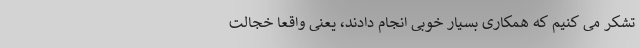
تشکر می کنیم که همکاری بسیار خوبی انجام دادند، یعنی واقعاً خجالت